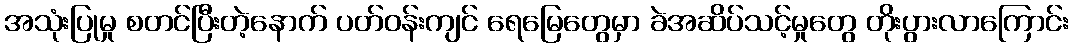
အသုံးပြုမှု စတင်ပြီးတဲ့နောက် ပတ်ဝန်းကျင် ရေမြေတွေမှာ ခဲအဆိပ်သင့်မှုတွေ တိုးပွားလာကြောင်း